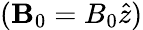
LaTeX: (\mathbf{B}_{0}=B_{0}\hat{z})